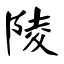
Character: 陵